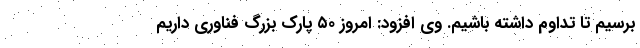
برسیم تا تداوم داشته باشیم. وی افزود: امروز ۵۰ پارک بزرگ فناوری داریم